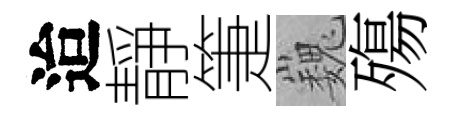
迨靜箑巍殤